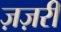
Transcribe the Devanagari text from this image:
ज़ज़री